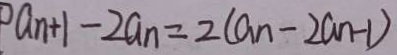
a _ { n + 1 } - 2 a _ { n } = 2 ( a _ { n } - 2 a _ { n - 1 } )